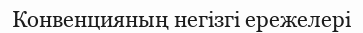
Конвенцияның негізгі ережелері